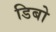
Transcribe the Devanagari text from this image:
डिबो